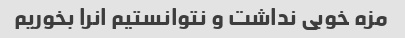
مزه خوبی نداشت و نتوانستیم انرا بخوریم